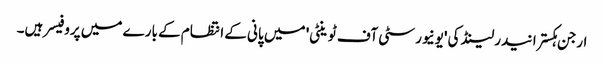
ارجن ہکسترا نیدرلینڈ کی 'یونیورسٹی آف ٹوینٹی' میں پانی کے انتظام کے بارے میں پروفیسر ہیں۔